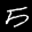
Label: 5